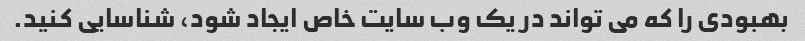
بهبودی را که می تواند در یک وب سایت خاص ایجاد شود، شناسایی کنید.